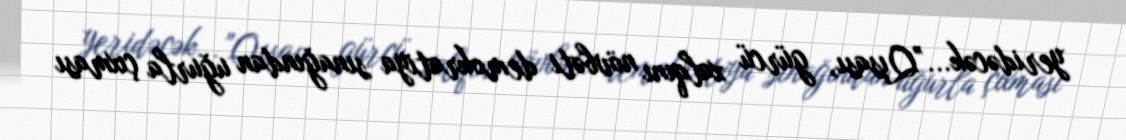
yeridəcək...”Qısası, gürcü xalqını növbəti demokratiya sınağından uğurla çıxması